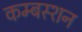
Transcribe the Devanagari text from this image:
कम्बस्शन